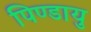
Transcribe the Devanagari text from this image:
पिण्डायु